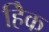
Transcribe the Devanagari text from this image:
हैिक